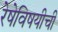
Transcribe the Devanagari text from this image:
रेषेविषयीची